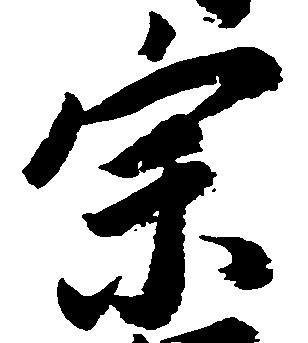
宗